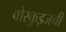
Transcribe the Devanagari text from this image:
वोस्कुइजची